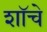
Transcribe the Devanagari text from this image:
शॉचे